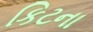
કિટના